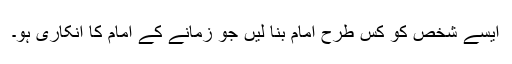
ایسے شخص کو کس طرح امام بنا لیں جو زمانے کے امام کا انکاری ہو۔